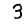
Digit: 3